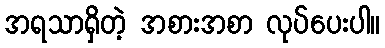
အရသာရှိတဲ့ အစားအစာ လုပ်ပေးပါ။